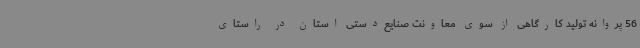
56 پروانه تولید کارگاهی از سوی معاونت صنایع‌دستی استان در راستای